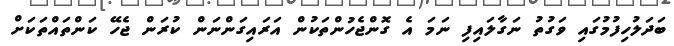
ބަދަލުހިފުމުގައި ވަގުތު ނަގާލައިފި ނަމަ އެ ގޮންޖެހުންތަކުން އަރައިގަންނަން ކުރަން ޖެހޭ ކަންތައްތަކަށް